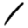
Digit: 1